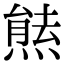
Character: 㷱